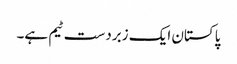
پاکستان ایک زبردست ٹیم ہے۔